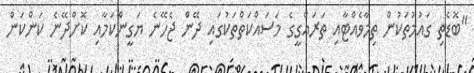
"ބޮޑެތި ގައުމުތަކުން ތިމާވެއްޓާއި ތަރައްގީގެ މަސައްކަތްތަކުގައި ދޭން ޖެހޭނެ ޔަގީންކަމާއި ކޮށްދޭނެ ކަންކަން